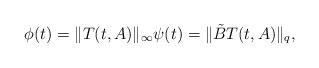
LaTeX: \begin{align*} \phi(t)=\|T(t,A)\|_{\infty} \psi(t)=\|\tilde{B}T(t,A)\|_q,\end{align*}